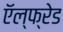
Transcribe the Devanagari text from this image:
ऍल्फ्रेड